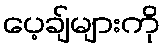
ပေ့ချ်များကို